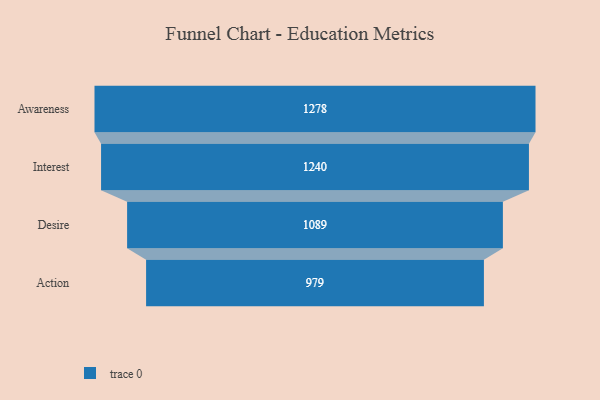
{"axis": {"x": "Stage", "y": "Value"}, "legend": [""], "data": [{"x": "Awareness", "y": 1278.0, "type": ""}, {"x": "Interest", "y": 1240.0, "type": ""}, {"x": "Desire", "y": 1089.0, "type": ""}, {"x": "Action", "y": 979.0, "type": ""}]}